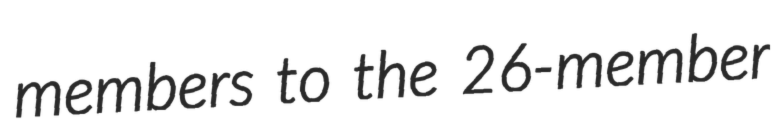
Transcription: members to the 26-member